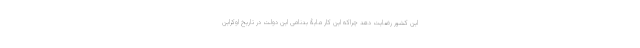
این کشور رضایت دهد چراکه این کار مایۀ بدنامی این دولت در تاریخ اوکراین